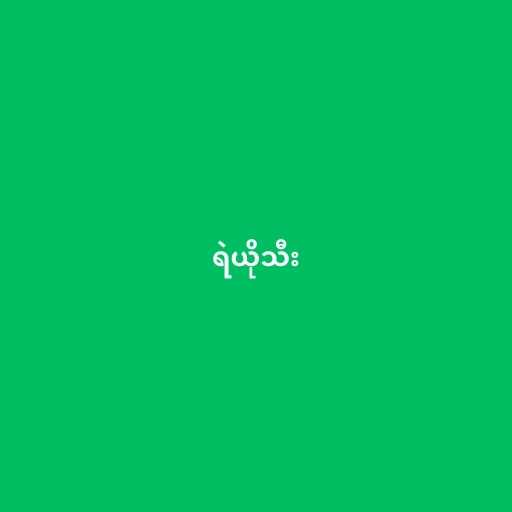
ရဲယိုသီး